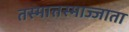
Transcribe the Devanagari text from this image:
तस्मात्तस्माज्जाता